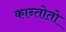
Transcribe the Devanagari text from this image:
कान्तोतो